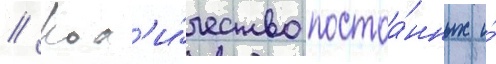
// Кол'и́чество постоа́нных и́